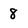
Character: 8